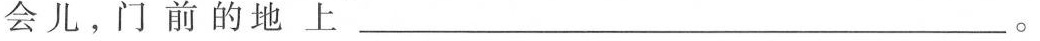
会儿。门前的地上____。